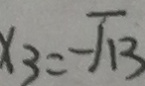
x _ { 3 } = \sqrt { 1 3 }